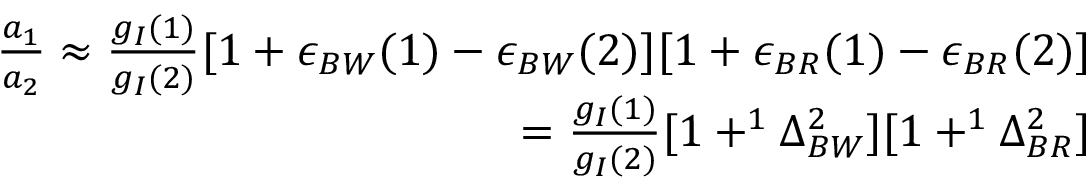
\begin{array} { r } { \frac { a _ { 1 } } { a _ { 2 } } \approx { \frac { g _ { I } { ( 1 ) } } { g _ { I } { ( 2 ) } } { [ 1 + \epsilon _ { B W } ( 1 ) - \epsilon _ { B W } ( 2 ) ] [ 1 + \epsilon _ { B R } ( 1 ) - \epsilon _ { B R } ( 2 ) ] } } } \\ { = { \frac { g _ { I } { ( 1 ) } } { g _ { I } { ( 2 ) } } { [ 1 + ^ { 1 } \Delta _ { B W } ^ { 2 } ] [ 1 + ^ { 1 } \Delta _ { B R } ^ { 2 } ] } } } \end{array}